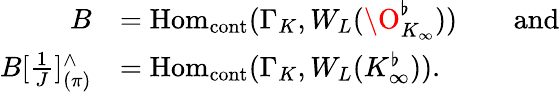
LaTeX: \begin{array}{rl}{B}&{=\mathrm{Hom}_{\mathrm{cont}}(\Gamma_{K},W_{L}(\O_{K_{\infty}}^{\flat}))\quad\quad\mathrm{and}}\\ {B[\frac{1}{J}]_{(\pi)}^{\wedge}}&{=\mathrm{Hom}_{\mathrm{cont}}(\Gamma_{K},W_{L}(K_{\infty}^{\flat})).}\end{array}